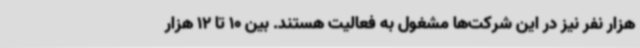
هزار نفر نیز در این شرکت‌ها مشغول به فعالیت هستند. بین 10 تا 12 هزار